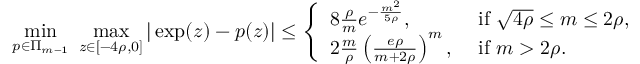
\operatorname* { m i n } _ { p \in \Pi _ { m - 1 } } \ \operatorname* { m a x } _ { z \in [ - 4 \rho , 0 ] } | \exp ( z ) - p ( z ) | \leq \left\{ \begin{array} { l l } { 8 \frac { \rho } { m } e ^ { - \frac { m ^ { 2 } } { 5 \rho } } , } & { \mathrm { ~ i f ~ } \sqrt { 4 \rho } \leq m \leq 2 \rho , } \\ { 2 \frac { m } { \rho } \left( \frac { e \rho } { m + 2 \rho } \right) ^ { m } , } & { \mathrm { ~ i f ~ } m > 2 \rho . } \end{array} \right.